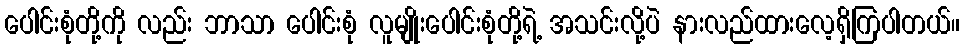
ပေါင်းစုံတို့ကို လည်း ဘာသာ ပေါင်းစုံ လူမျိုးပေါင်းစုံတို့ရဲ့ အသင်းလို့ပဲ နားလည်ထားလေ့ရှိကြပါတယ်။